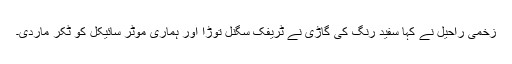
زخمی راحیل نے کہا سفید رنگ کی گاڑی نے ٹریفک سگنل توڑا اور ہماری موٹر سائیکل کو ٹکر ماردی۔